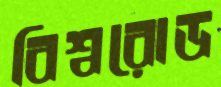
বিশ্বরোড